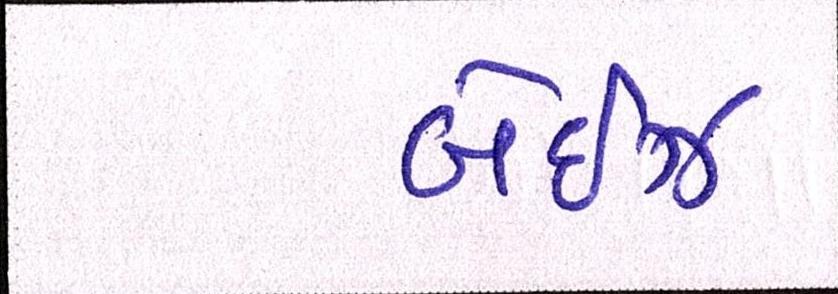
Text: બેઈઝ